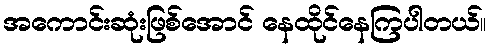
အကောင်းဆုံးဖြစ်အောင် နေထိုင်နေကြပါတယ်။